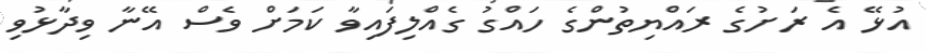
އުޅޭ އެ ރަށުގެ ރައްޔިތުންގެ ހައްގު ގެއްލިފައިވާ ކަމަށް ވެސް އޭނާ ވިދާޅުވި